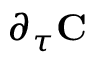
\partial _ { \tau } \mathbf { C }